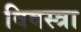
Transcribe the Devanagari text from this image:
विवस्त्रा